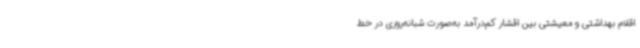
اقلام بهداشتی و معیشتی بین اقشار کم‌درآمد به‌صورت شبانه‌روزی در خط